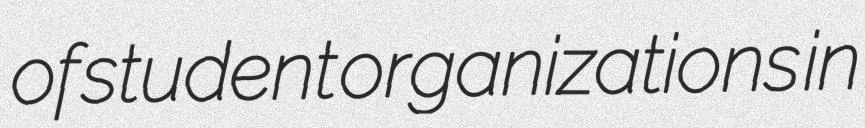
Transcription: of student organizations in